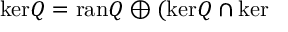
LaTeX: \mathrm { k e r } Q = \mathrm { r a n } Q \oplus ( \mathrm { k e r } Q \cap \mathrm { k e r }